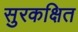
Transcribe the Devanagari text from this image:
सुरकक्षित